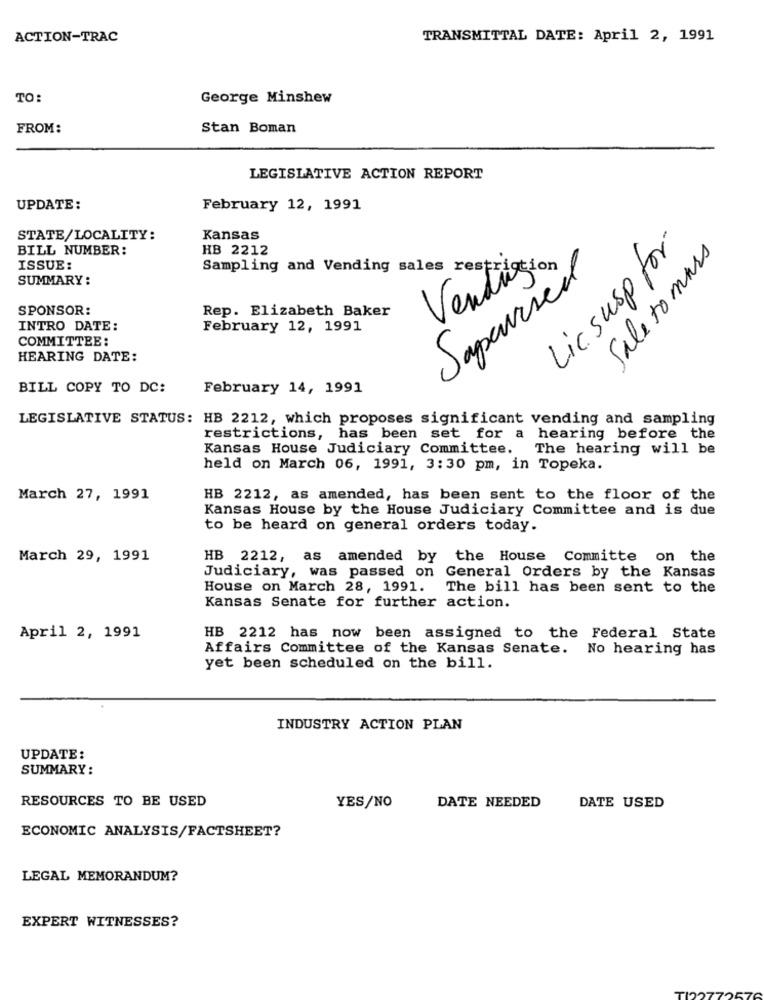
ACTION-TRAC
TRANSMITTAL DATE: April 2, 1991
TO:
George Minshew
FROM:
Stan Boman
LEGISLATIVE ACTION REPORT
UPDATE:
February 12, 1991
STATE/LOCALITY:
Kansas
BILL NUMBER:
HB 2212
Lic susp for
Sale to mars
ISSUE:
SUMMARY :
Sampling and Vending sales restriction
Sapeurscil
Venti
SPONSOR:
Rep. Elizabeth Baker
INTRO DATE:
February 12, 1991
COMMITTEE:
HEARING DATE:
BILL COPY TO DC:
February 14, 1991
LEGISLATIVE STATUS: HB 2212, which proposes significant vending and sampling
restrictions, has been set for a hearing before the
Kansas House Judiciary Committee.
The hearing will be
held on March 06, 1991, 3:30 pm, in Topeka.
March 27, 1991
HB 2212, as amended, has been sent to the floor of the
Kansas House by the House Judiciary Committee and is due
to be heard on general orders today.
March 29, 1991
HB 2212, as amended by the House Committe on the
Judiciary, was passed on General Orders by the Kansas
House on March 28, 1991.
The bill has been sent to the
Kansas Senate for further action.
April 2, 1991
HB 2212 has now been assigned to the Federal State
Affairs Committee of the Kansas Senate. No hearing has
yet been scheduled on the bill.
INDUSTRY ACTION PLAN
UPDATE:
SUMMARY:
RESOURCES TO BE USED
YES/NO
DATE NEEDED
DATE USED
ECONOMIC ANALYSIS/FACTSHEET?
LEGAL MEMORANDUM?
EXPERT WITNESSES?